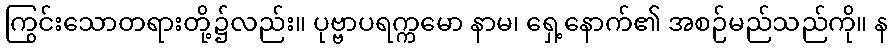
ကြွင်းသောတရားတို့၌လည်း။ ပုဗ္ဗာပရက္ကမော နာမ၊ ရှေ့နောက်၏ အစဉ်မည်သည်ကို။ န